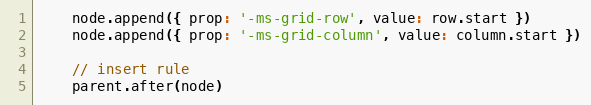
Language: JavaScript
    node.append({ prop: '-ms-grid-row', value: row.start })
    node.append({ prop: '-ms-grid-column', value: column.start })

    // insert rule
    parent.after(node)